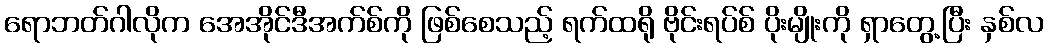
ရောဘတ်ဂါလိုက အေအိုင်ဒီအက်စ်ကို ဖြစ်စေသည့် ရက်ထရို ဗိုင်းရပ်စ် ပိုးမျိုးကို ရှာတွေ့ပြီး နှစ်လ